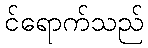
င်ရောက်သည်